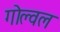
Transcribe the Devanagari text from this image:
गोल्वल